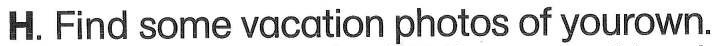
H.Find some vacation photos of yourown.